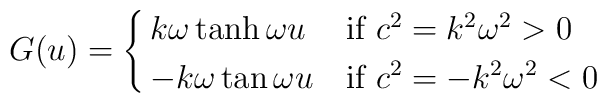
G(u) = \cases{      k \omega \tanh \omega u  & if $c^2 = k^2\omega^2 >0$ \cr      \noalign{\smallskip}      - k \omega \tan \omega u & if $c^2 = -k^2\omega^2 <0$ \cr}